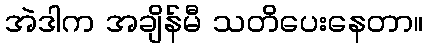
အဲဒါက အချိန်မီ သတိပေးနေတာ။